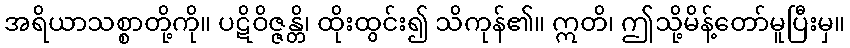
အရိယာသစ္စာတို့ကို။ ပဋိဝိဇ္ဇန္တိ၊ ထိုးထွင်း၍ သိကုန်၏။ ဣတိ၊ ဤသို့မိန့်တော်မူပြီးမှ။